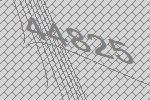
44825